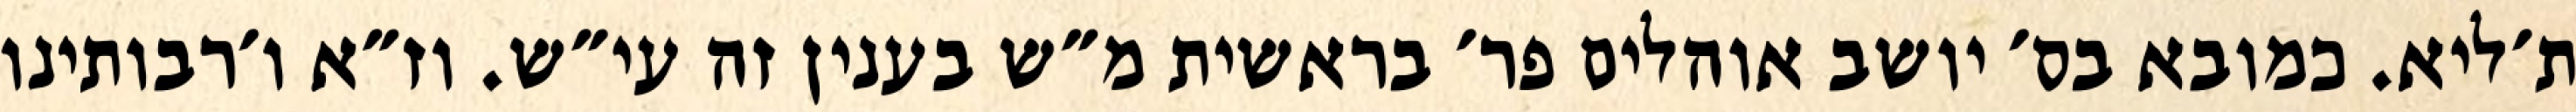
ת׳ליא. כמובא בס׳ יושב אוהלים פר׳ בראשית מ״ש בענין זה עי״ש. וז״א ו׳רבותינו